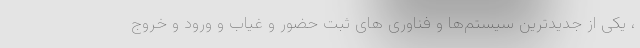
، یکی از جدیدترین سیستم‌ها و فناوری های ثبت حضور و غیاب و ورود و خروج